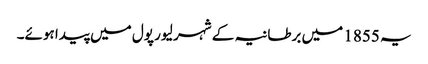
یہ 1855 میں برطانیہ کے شہر لیور پول میں پیدا ہوئے۔